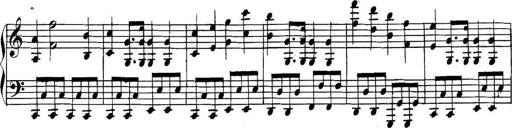
Title: Collected Piano Sonatas
Composer: Muzio Clementi